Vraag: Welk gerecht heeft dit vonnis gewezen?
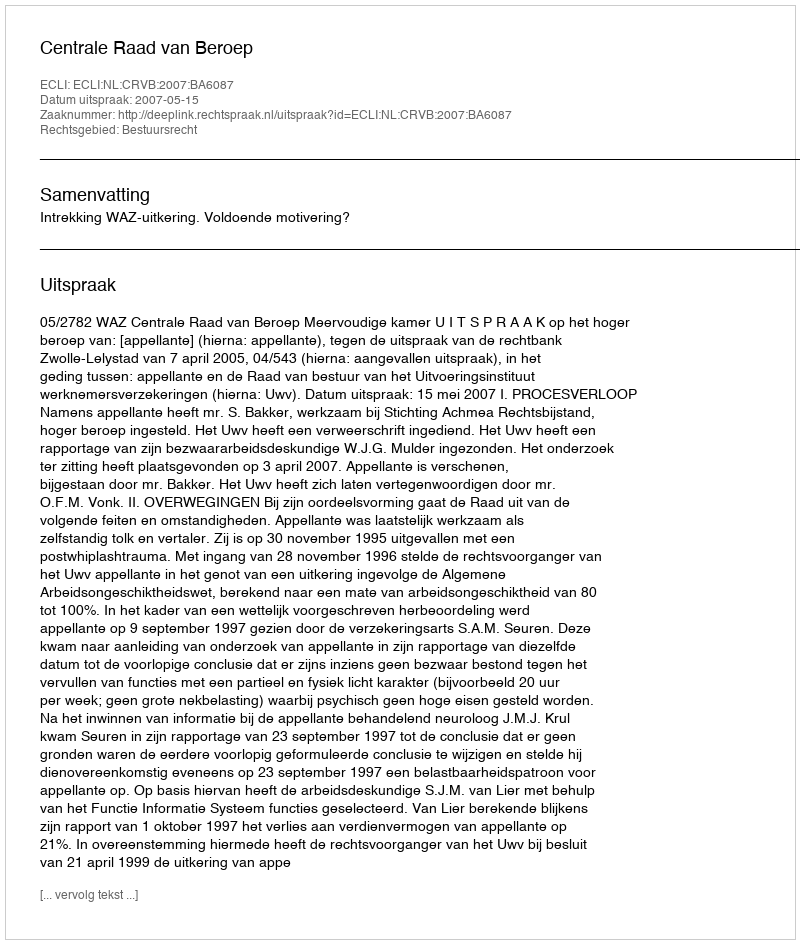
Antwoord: Centrale Raad van Beroep